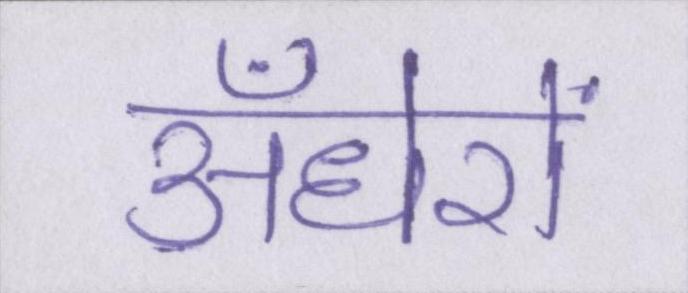
अँधेरों